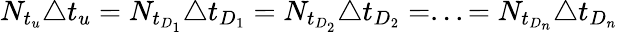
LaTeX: N_{t_{u}}\triangle t_{u}=N_{t_{D_{1}}}\triangle t_{D_{1}}=N_{t_{D_{2}}}\triangle t_{D_{2}}=...=N_{t_{D_{n}}}\triangle t_{D_{n}}